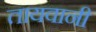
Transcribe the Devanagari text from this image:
तायवानी